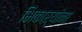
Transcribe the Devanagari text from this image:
भिकाऱ्यांना